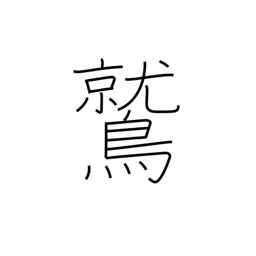
Meaning: eagle